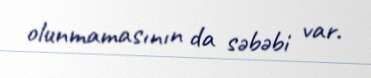
olunmamasının da səbəbi var.